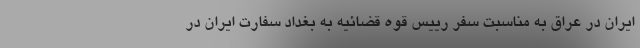
ایران در عراق به مناسبت سفر رییس قوه قضائیه به بغداد سفارت ایران در